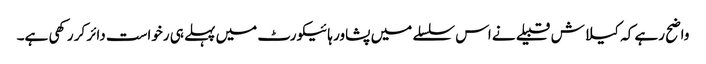
واضح رہے کہ کیلاش قبیلے نے اس سلسلے میں پشاور ہائیکورٹ میں پہلے ہی رخواست دائر کر رکھی ہے۔